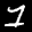
Label: 1